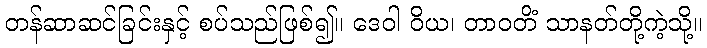
တန်ဆာဆင်ခြင်းနှင့် စပ်သည်ဖြစ်၍။ ဒေဝါ ဝိယ၊ တာဝတိံ သာနတ်တို့ကဲ့သို့။